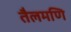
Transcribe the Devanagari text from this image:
तैलमणि